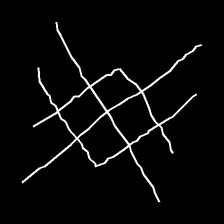
Glyph: crystal